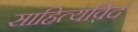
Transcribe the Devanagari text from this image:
साहित्यविद